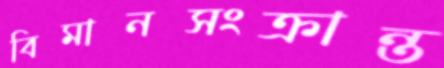
বিমানসংক্রান্ত